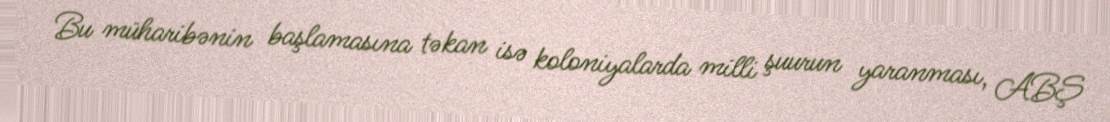
Bu müharibənin başlamasına təkan isə koloniyalarda milli şuurun yaranması, ABŞ